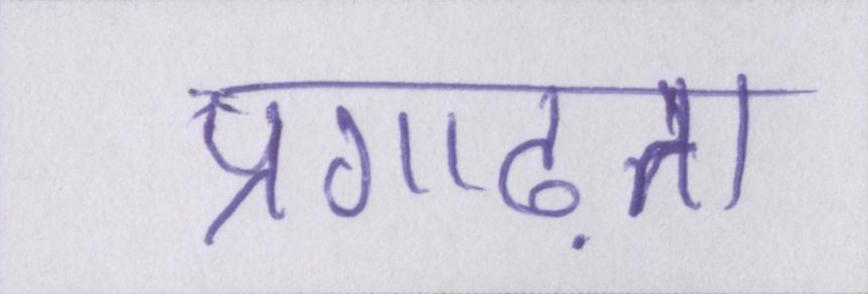
प्रगाढ़ता